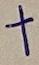
Text: +